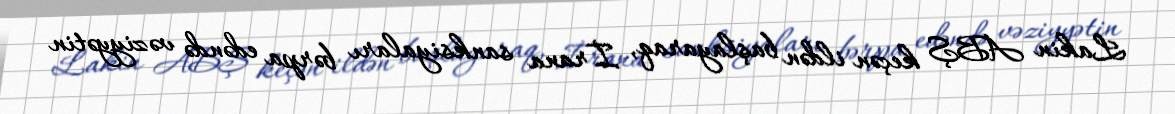
Lakin ABŞ keçən ildən başlayaraq, İrana sanksiyaları bərpa edəndə vəziyyətin